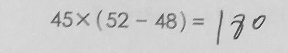
4 5 \times ( 5 2 - 4 8 ) = 1 8 0